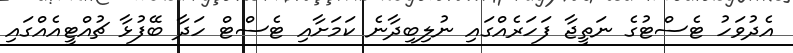
އެދުވަހު ޓެސްޓުގެ ނަތީޖާ ފަހަރެއްގައި ނުލިބިދާނެ ކަމަށާއި ޓެސްޓް ހަދާ ބޭފުޅާ ޗުއްޓީއެއްގައި